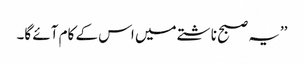
’’یہ صبح ناشتے میں اس کے کام آئے گا۔